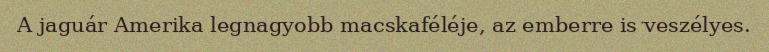
A jaguár Amerika legnagyobb macskaféléje, az emberre is veszélyes.